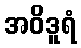
အဝိဒူရံ